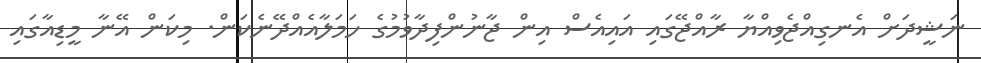
ނަޝީދަށް އެނގިިއްޖެވިއްޔާ ރާއްޖޭގައި އައިއެސް އިން ޖާނުންފިދާވުމުގެ ހަމަލާއެއްދޭނެކަން. މިކަން އޭނާ މީޑިއާގައި